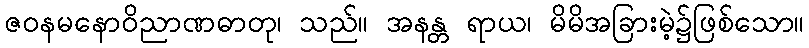
ဇဝနမနောဝိညာဏဓာတု၊ သည်။ အနန္တ ရာယ၊ မိမိအခြားမဲ့၌ဖြစ်သော။